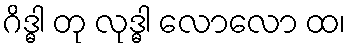
ဂိဒ္ဓါ တု လုဒ္ဓါ လောလော ထ၊